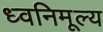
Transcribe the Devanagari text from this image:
ध्वनिमूल्य